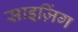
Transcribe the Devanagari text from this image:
साइज़िंग